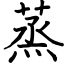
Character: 蒸